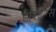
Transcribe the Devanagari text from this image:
हेंस्टिग्स